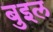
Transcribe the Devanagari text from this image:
बुइल